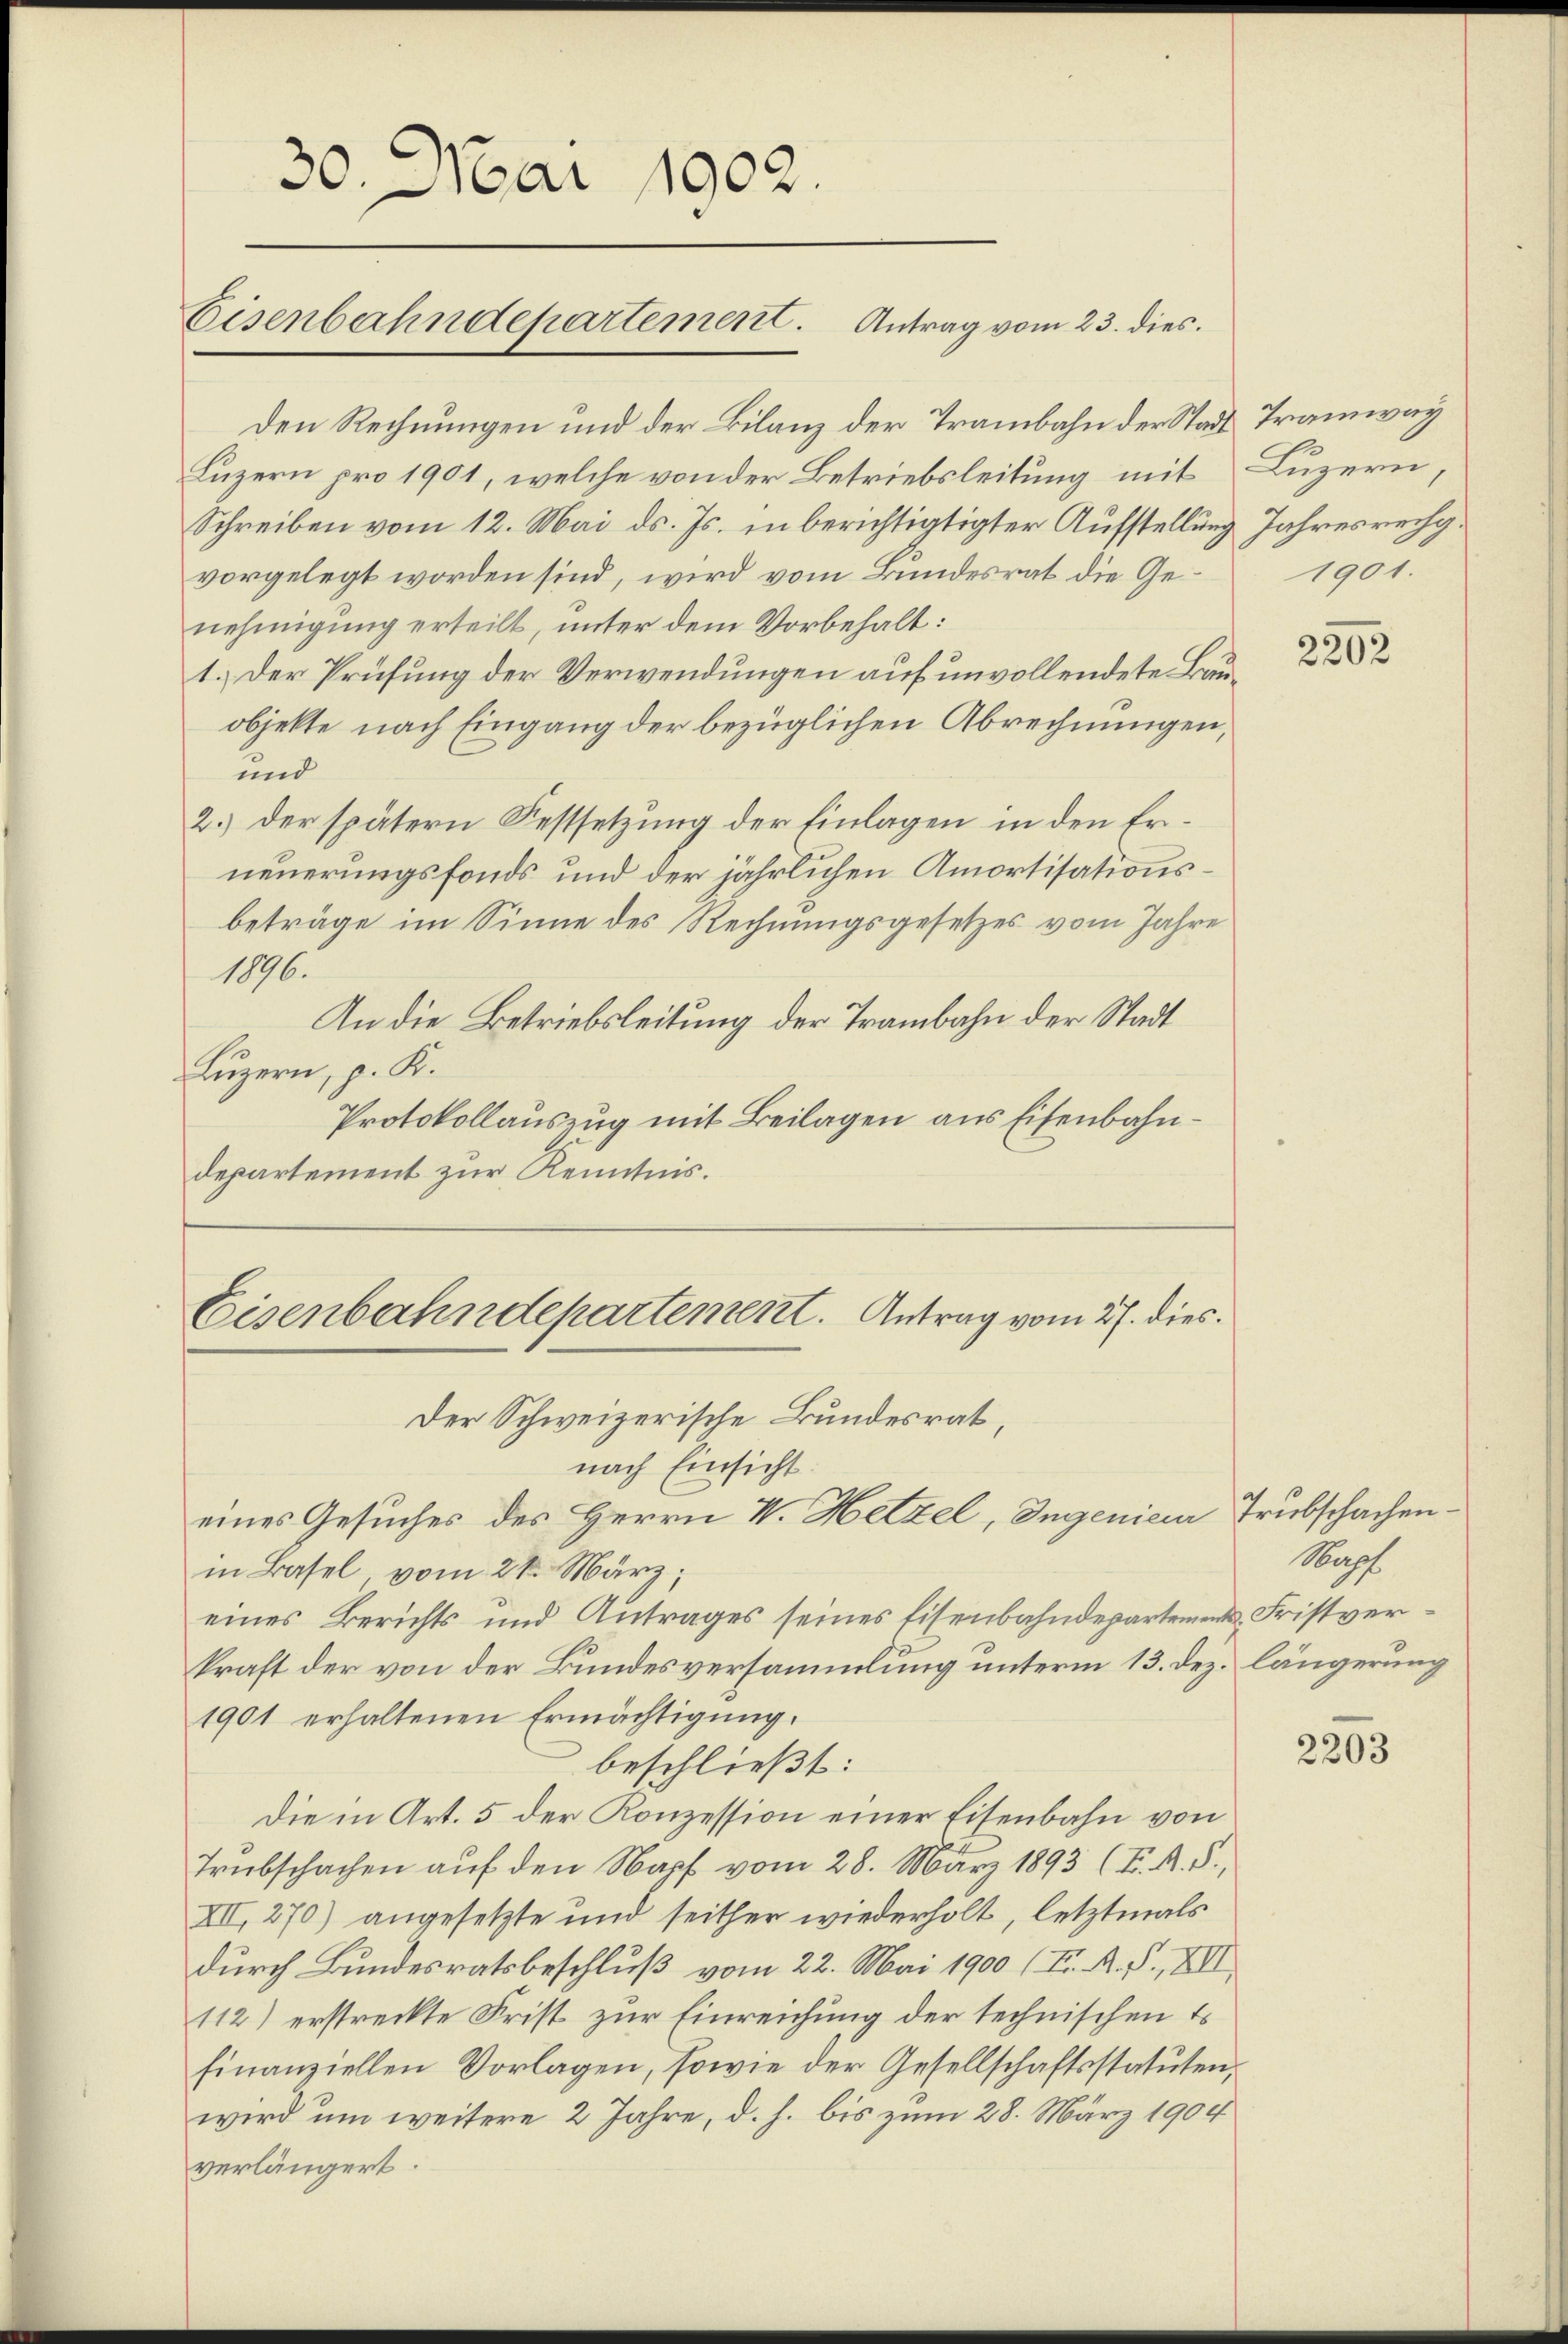
30. Mai 1902.
Eisenbahndepartement. Antrag vom 23. dies

Den Rechnungen und der Bilanz der Trambahn der Stadt Tramway
Luzern pro 1901, welche von der Betriebsleitung mit Luzern,
Schreiben vom 12. Mai d. Js. in berichtigtigter Aufstellung Jahresrechgvorgelegt worden sind, wird vom Bundesrat die Ge- 1901.
nehmigung erteilt, unter dem Vorbehalt:
1.) Der Prüfung der Verwendungen auf unvollendete Bauobjekte nach Eingang der bezüglichen Abrechnungen,
und
2.) der spätern Festsetzung der Einlagen in den Erneuerungsfonds und der jährlichen Amortisationsbeträge im Sinne des Rechnungsgesetzes vom Jahre
1896.
An die Betriebsleitung der Trambahn der Stadt
Luzern, p. K.
Protokollauszug mit Beilagen aus Eisenbahndepartement zur Kenntnis.
Eisenbahndepartement. Antrag vom 27. dies

Der Schweizerische Bundesrat,
nach Einsicht.
eines Gesuches des Herrn V. Hetzel, Ingenieur Trubschachenin Basel vom 21. März;
eines Berichts und Antrages seines Eisenbahndepartement Fristverkraft der von der Bundesversammlung unterm 13. Dez. längerung
1901 erhaltenen Ermächtigung.
beschließt:
Die in Art. 5 der Konzession einer Eisenbahn von
Trubschachen auf den Napf vom 28. März 1893 (I. R. S.,
XII, 270) angesetzte und seither wiederholt, letztmals
durch Bundesratsbeschluß vom 22. Mai 1900 (F. A. F., XII
112) erstreckte Frist zur Einreichung der technischen Es
finanziellen Vorlagen, sowie der Gesellschaftsstatuten,
wird um weitere 2 Jahre, d. h. bis zum 28. März 1904
verlängert.

2202

Wags

2203